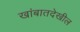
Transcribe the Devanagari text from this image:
खांबातदेखील